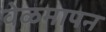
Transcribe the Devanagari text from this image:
वेळमापन